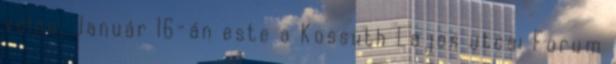
volna. Január 16-án este a Kossuth Lajos utcai Forum